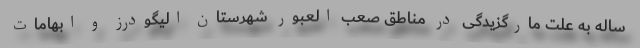
ساله به علت مارگزیدگی در مناطق صعب العبور شهرستان الیگودرز و ابهامات